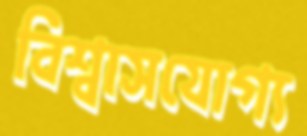
বিশ্বাসযোগ্য